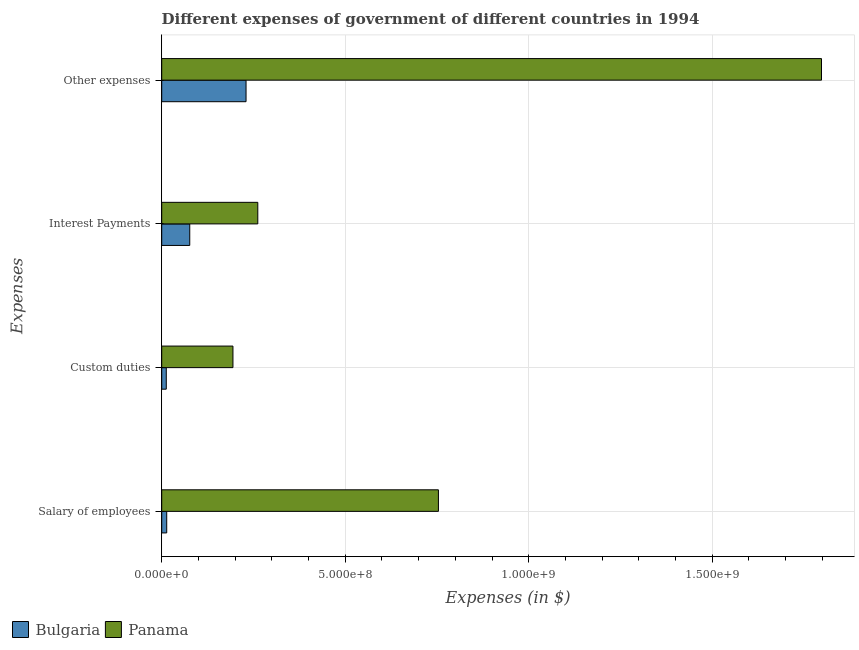
| Expenses | Bulgaria | Panama |
 | --- | --- | --- |
 | Salary of employees | 1.36e+07 | 7.54e+08 |
 | Custom duties | 1.24e+07 | 1.94e+08 |
 | Interest Payments | 7.64e+07 | 2.62e+08 |
 | Other expenses | 2.3e+08 | 1.8e+09 |